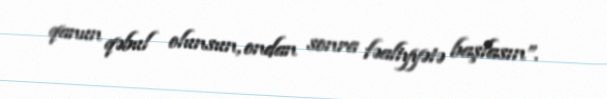
qanun qəbul olunsun, ondan sonra fəaliyyətə başlasın”.